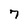
Character: 7